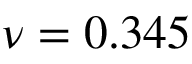
\nu = 0 . 3 4 5